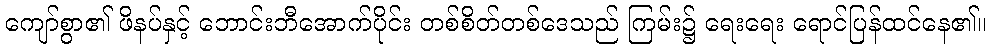
ကျော်စွာ၏ ဖိနပ်နှင့် ဘောင်းဘီအောက်ပိုင်း တစ်စိတ်တစ်ဒေသည် ကြမ်း၌ ရေးရေး ရောင်ပြန်ထင်နေ၏။